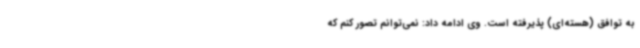
به توافق (هسته‌ای) پذیرفته است. وی ادامه داد: نمی‌توانم تصور کنم که